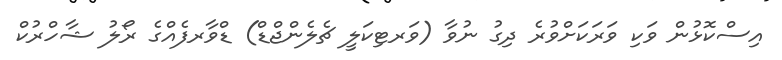
އިސްކޮޅުން ވަކި ވަރަކަށްވުރެ ދިގު ނުވާ (ވަރޓިކަލީ ޗެލެންޖްޑް) ޑްވާރފެއްގެ ރޯލު ޝާހްރުކް